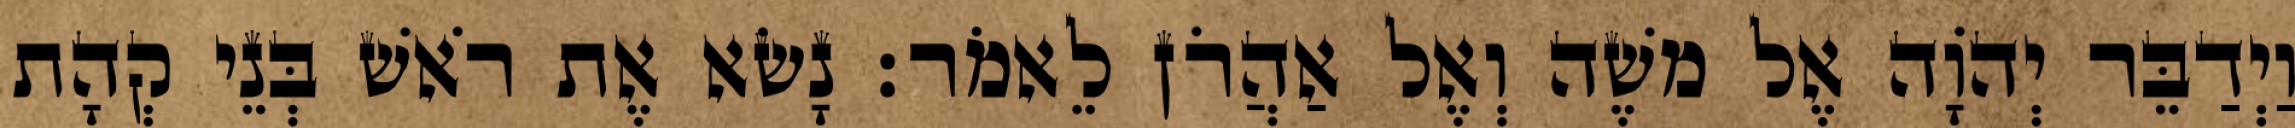
וַיְדַבֵּר יְהֹוָה אֶל משֶׁה וְאֶל אַהֲרֹן לֵאמֹר׃ נָשׂא אֶת רֹאשׁ בְּנֵי קְהָת